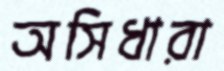
অসিধারা